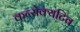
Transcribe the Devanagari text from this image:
कन्सेक्यटिव